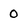
Character: 0